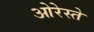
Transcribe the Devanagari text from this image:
ओरेस्ते